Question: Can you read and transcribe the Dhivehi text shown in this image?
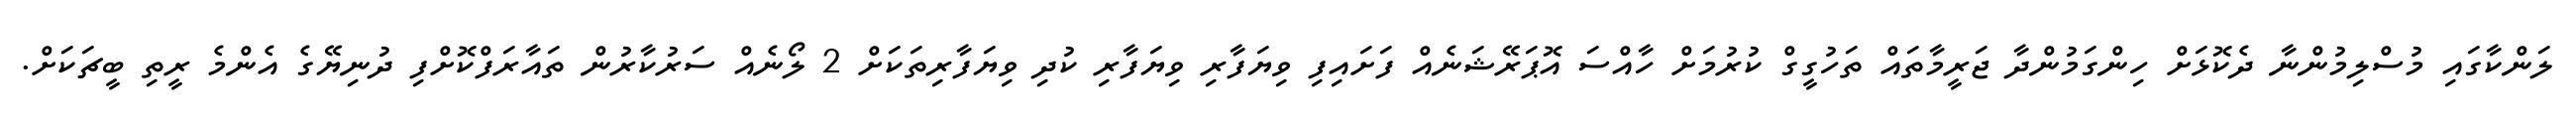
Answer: ލަންކާގައި މުސްލިމުންނާ ދެކޮޅަށް ހިންގަމުންދާ ޖަރީމާތައް ތަހުގީގް ކުރުމަށް ހާއްސަ އޮޕަރޭޝަނެއް ފަށައިފި ވިޔަފާރި ވިޔަފާރި ކުދި ވިޔަފާރިތަކަށް 2 ލޯނެއް ސަރުކާރުން ތައާރަފްކޮށްފި ދުނިޔޭގެ އެންމެ ރީތި ބީޗަކަށް.